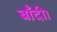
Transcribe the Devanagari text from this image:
बाँदी।